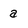
Character: a